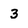
Character: 3